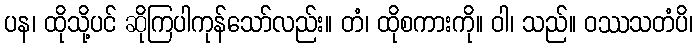
ပန၊ ထိုသို့ပင် ဆိုကြပါကုန်သော်လည်း။ တံ၊ ထိုစကားကို။ ဝါ၊ သည်။ ဝဿသတံပိ၊